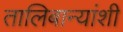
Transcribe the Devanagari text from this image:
तालिबान्यांशी